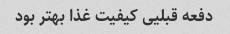
دفعه قبلیی کیفیت غذا بهتر بود